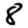
Digit: 8